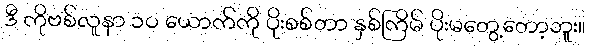
ဒီ ကိုဗစ်လူနာ ၁ဝ ယောက်ကို ပိုးစစ်တာ နှစ်ကြိမ် ပိုးမတွေ့တော့ဘူး။